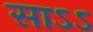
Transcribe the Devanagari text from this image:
साऽऽ